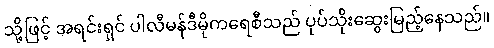
သို့ဖြင့် အရင်းရှင် ပါလီမန်ဒီမိုကရေစီသည် ပုပ်သိုးဆွေးမြည့်နေသည်။